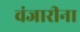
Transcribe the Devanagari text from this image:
वंजारीना